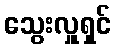
သွေးလှူရှင်